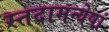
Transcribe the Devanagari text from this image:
स्तदामन्येषां